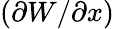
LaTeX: (\partial W/\partial x)